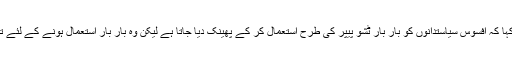
مولانا نے انہیں کہا کہ افسوس سیاستدانوں کو بار بار ٹشو پیپر کی طرح استعمال کر کے پھینک دیا جاتا ہے لیکن وہ بار بار استعمال ہونے کے لئے تیار ہو جاتے ہیں۔